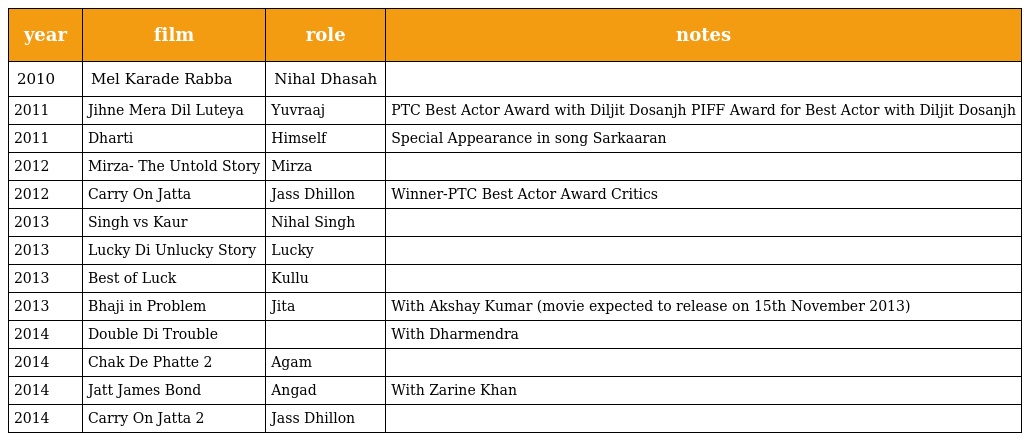
| year | film | role | notes |
 | --- | --- | --- | --- |
 | 2010 | Mel Karade Rabba | Nihal Dhasah |  |
 | 2011 | Jihne Mera Dil Luteya | Yuvraaj | PTC Best Actor Award with Diljit Dosanjh PIFF Award for Best Actor with Diljit Dosanjh |
 | 2011 | Dharti | Himself | Special Appearance in song Sarkaaran |
 | 2012 | Mirza- The Untold Story | Mirza |  |
 | 2012 | Carry On Jatta | Jass Dhillon | Winner-PTC Best Actor Award Critics |
 | 2013 | Singh vs Kaur | Nihal Singh |  |
 | 2013 | Lucky Di Unlucky Story | Lucky |  |
 | 2013 | Best of Luck | Kullu |  |
 | 2013 | Bhaji in Problem | Jita | With Akshay Kumar (movie expected to release on 15th November 2013) |
 | 2014 | Double Di Trouble |  | With Dharmendra |
 | 2014 | Chak De Phatte 2 | Agam |  |
 | 2014 | Jatt James Bond | Angad | With Zarine Khan |
 | 2014 | Carry On Jatta 2 | Jass Dhillon |  |